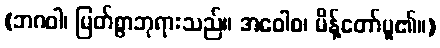
(ဘဂဝါ၊ မြတ်စွာဘုရားသည်။ အဝေါစ၊ မိန့်တော်မူ၏။)